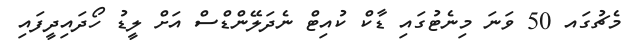
މެޗުގައ 50 ވަނަ މިނެޓުގައި ޑާކް ކުއިޓް ނެދަލޭންޑްސް އަށް ލީޑު ހޯދައިދީފައި